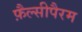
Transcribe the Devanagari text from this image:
फ़ैल्सीपैरम